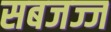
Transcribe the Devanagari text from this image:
सबजज्ज